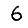
Digit: 6